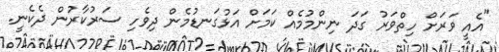
"އެއީ ވަރަށް ހިތްވަރު ގަދަ ނިންމުމެއް ކަމަށް އަޅުގަނޑުމެން ދިވެހި ސަރުކާރުން ދެކެނީ.